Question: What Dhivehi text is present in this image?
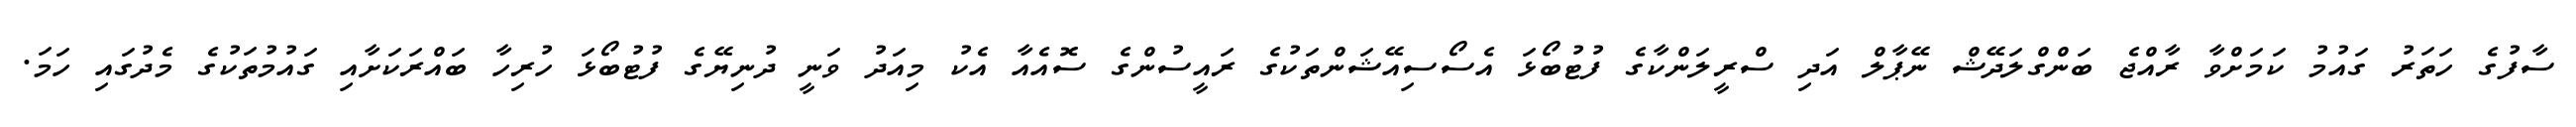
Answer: ސާފުގެ ހަތަރު ގައުމު ކަމަށްވާ ރާއްޖެ ބަންގްލަދޭޝް ނޭޕާލް އަދި ސްރީލަންކާގެ ފުޓުބޯޅަ އެސޯސިއޭޝަންތަކުގެ ރައީސުންގެ ސޮއެއާ އެކު މިއަދު ވަނީ ދުނިޔޭގެ ފުޓުބޯޅަ ހުރިހާ ބައްރަކަށާއި ގައުމުތަކުގެ މެދުގައި ހަމަ.